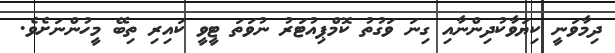
ދިމާވަނީ ކިޔަވާކުދިންނާއި ގިނަ ވަގުތު ކޮމްޕިއުޓަރު ނުވަތަ ޓީވީ ކައިރި ތިބޭ މީހުންނަށެވެ.